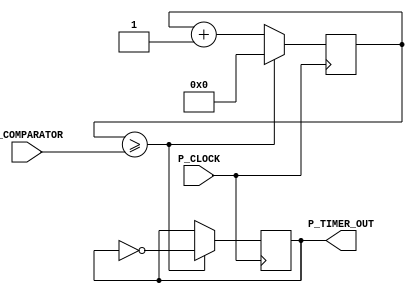
module ClockDivider_9
	#(parameter Bits_counter = 32)
	 (	input  P_CLOCK,
		output P_TIMER_OUT,
		input  [Bits_counter-1:0] P_COMPARATOR);
   reg [Bits_counter-1:0] r_Timer;
   reg r_Result;
   always @(posedge P_CLOCK)
	begin
		if (r_Timer >= P_COMPARATOR)
			begin
			     r_Result <= !r_Result;
			     r_Timer <= 0;
			end		
		else
		   begin
			     r_Timer <= r_Timer+1; 
				  r_Result <= r_Result;
		   end
	end	
assign P_TIMER_OUT = r_Result; 
endmodule